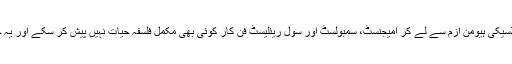
یہی وجہ ہے کہ مغربی ادب میں کلاسیکی ہیومن ازم سے لے کر امیجنسٹ، سمبولسٹ اور سول ریئلیسٹ فن کار کوئی بھی مکمل فلسفہ حیات نہیں پیش کر سکے اور یہ خلا روز بروز بڑھتا چلا جا رہا ہے۔